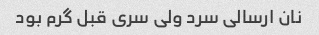
نان ارسالی سرد ولی سری قبل گرم بود